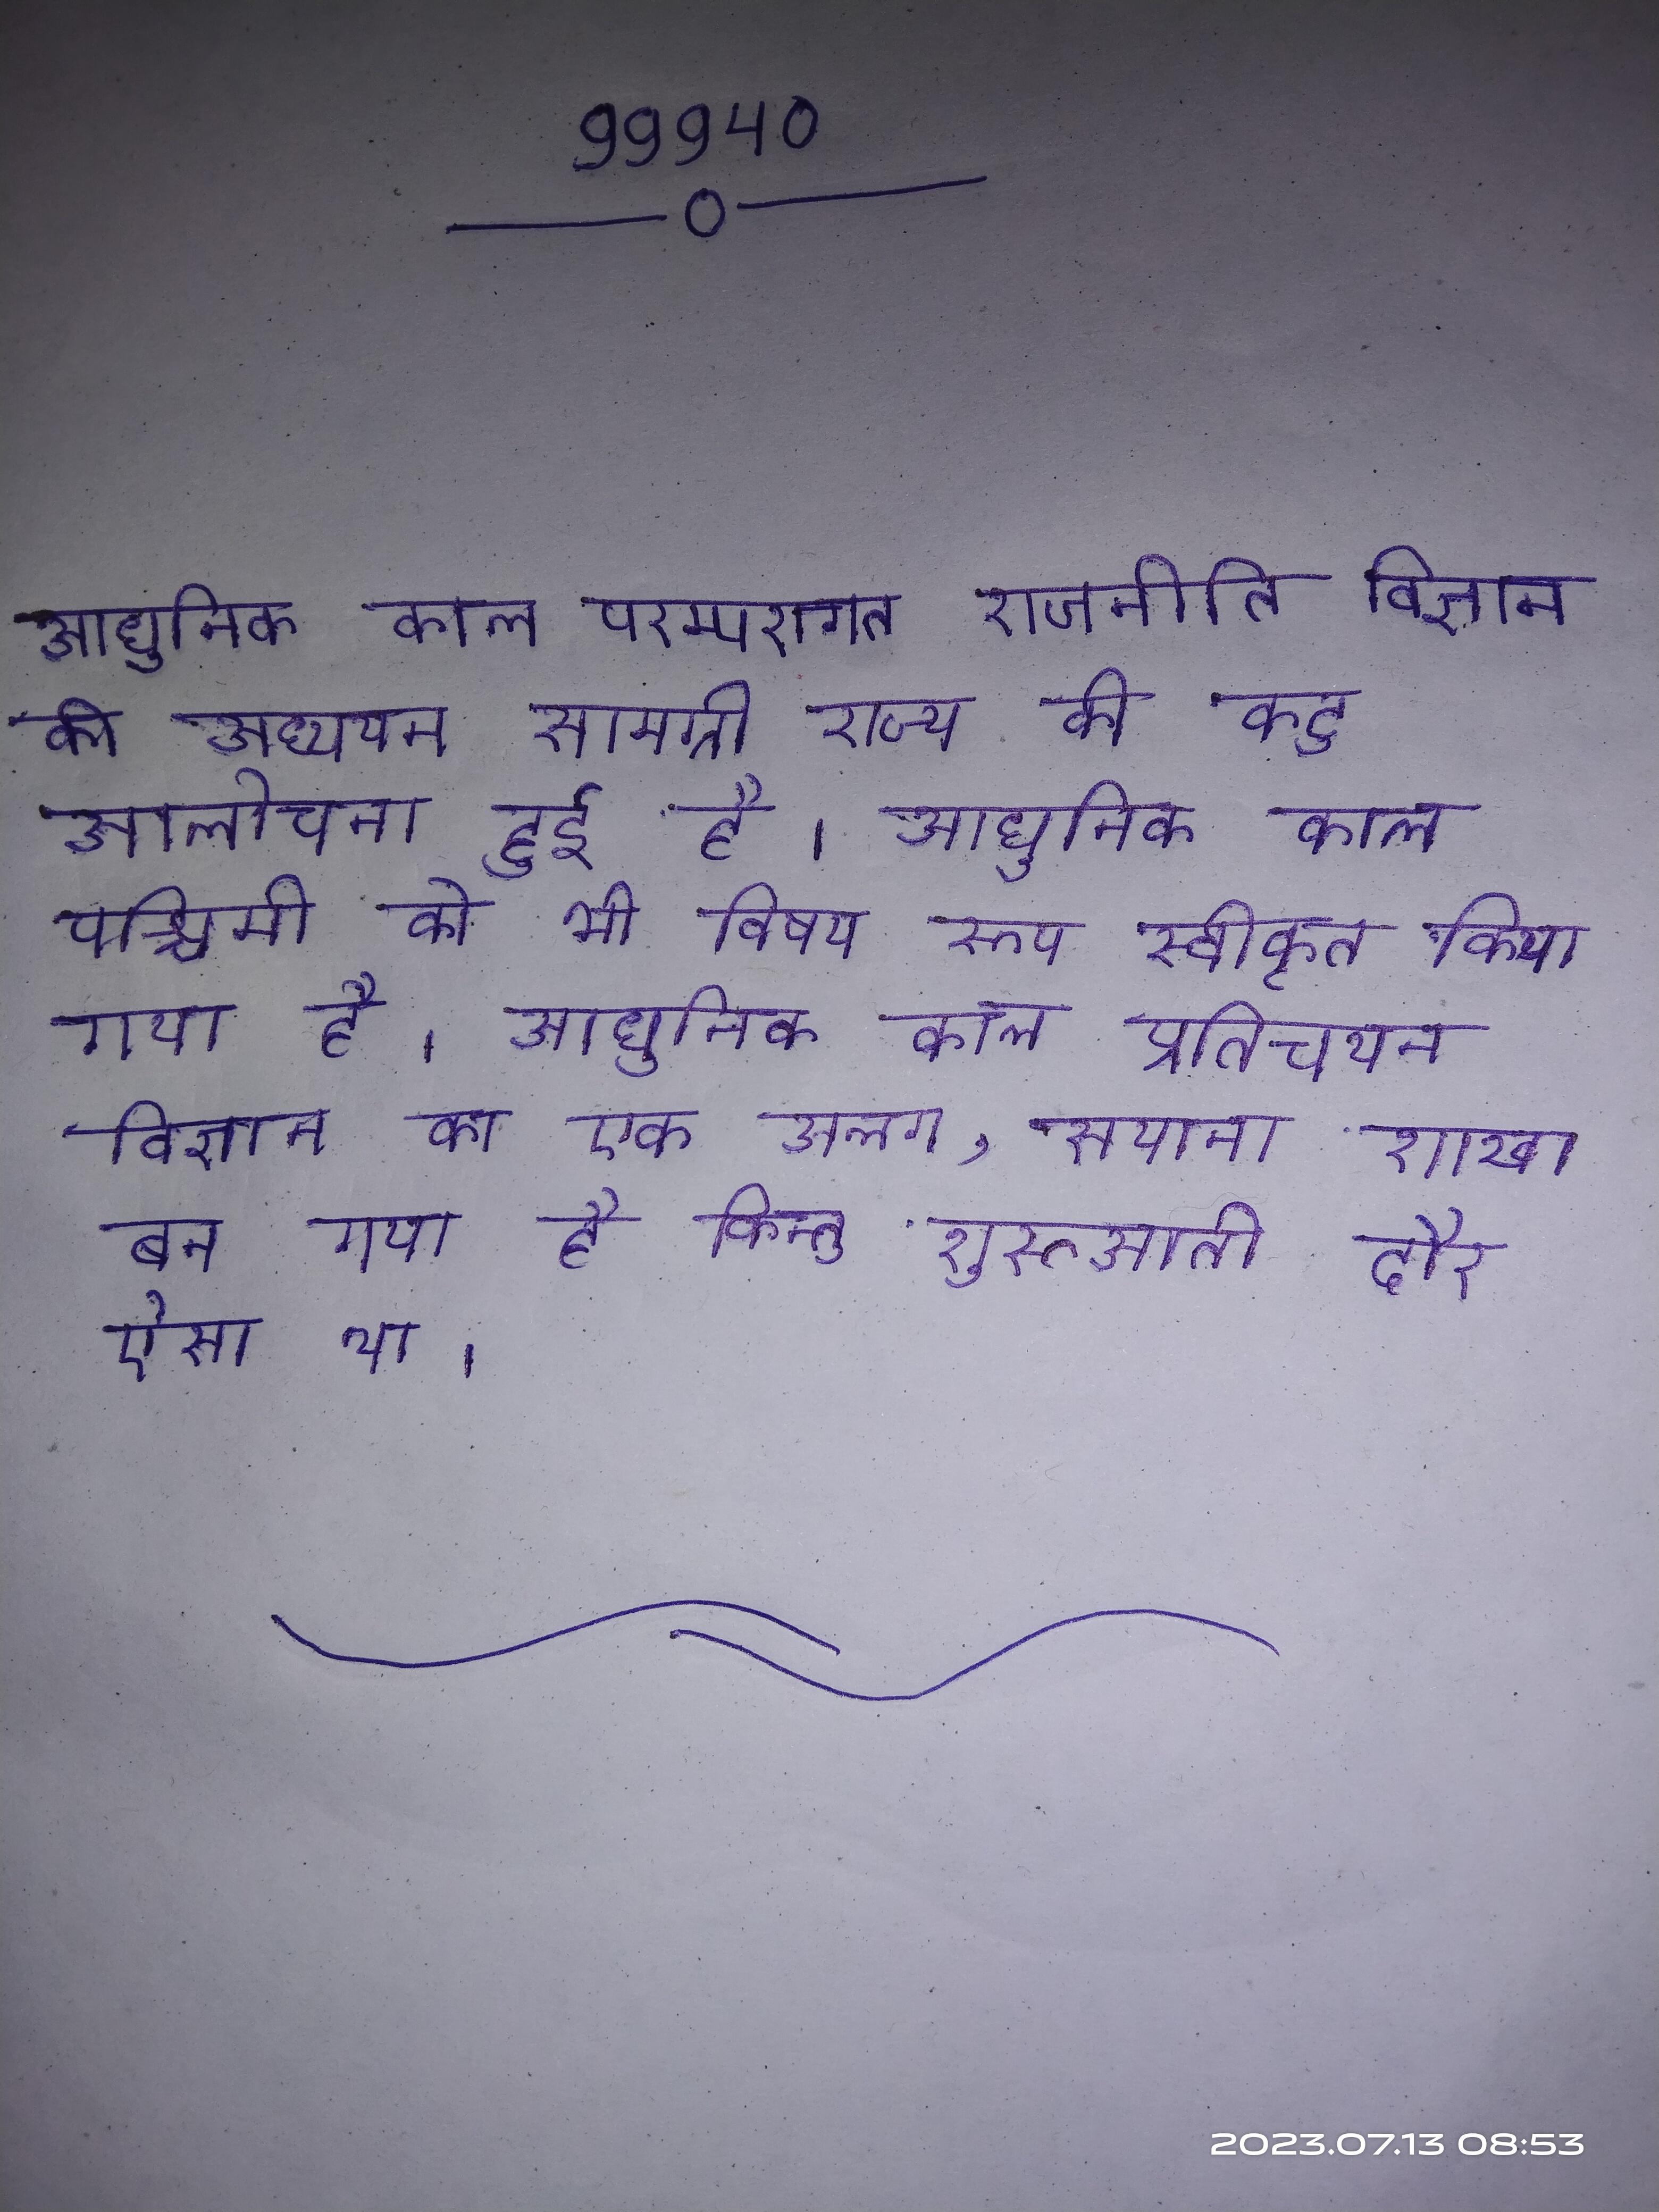
आधुनिक काल परम्परागत राजनीति विज्ञान की अध्ययन सामग्री राज्य की कटु आलोचना हुई है । आधुनिक काल पश्चिमी को भी विषय रूप स्वीकृत किया गया है । आधुनिक काल प्रतिचयन विज्ञान का एक अलग, सयाना शाखा बन गया है किन्तु शुरूआती दौर ऐसा था ।